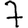
Digit: 7